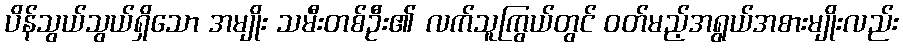
ပိန်သွယ်သွယ်ရှိသော အမျိုး သမီးတစ်ဦး၏ လက်သူကြွယ်တွင် ဝတ်မည့်အရွယ်အစားမျိုးလည်း